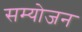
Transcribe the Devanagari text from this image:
सम्योजन